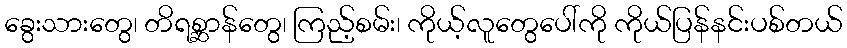
ခွေးသားတွေ၊ တိရစ္ဆာန်တွေ၊ ကြည့်စမ်း၊ ကိုယ့်လူတွေပေါ်ကို ကိုယ်ပြန်နင်းပစ်တယ်